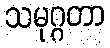
သမုဂ္ဂတာ